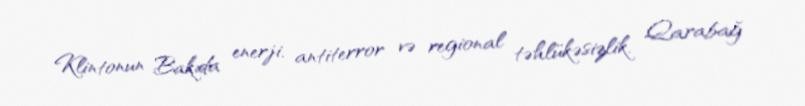
Klintonun Bakıda enerji, antiterror və regional təhlükəsizlik, Qarabağ